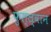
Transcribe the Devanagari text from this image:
फुल्ल्र्वान